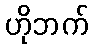
ဟိုဘက်